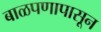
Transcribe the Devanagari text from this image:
बाळपणापासून